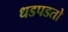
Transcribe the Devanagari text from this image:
धडपडतो